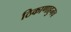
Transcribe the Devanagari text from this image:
ठिकाणाहुनच